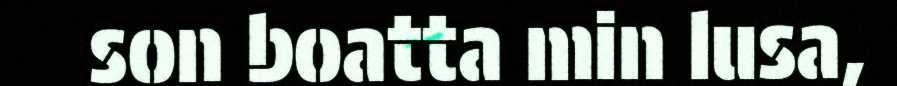
son boatta min lusa,